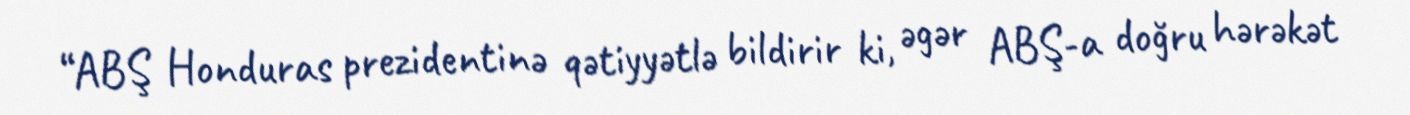
“ABŞ Honduras prezidentinə qətiyyətlə bildirir ki, əgər ABŞ-a doğru hərəkət